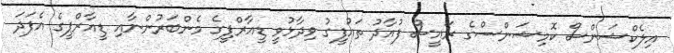
އިލެކްޝަންސް ކޮމިޝަންސްގެ ރައީސް ފުއާދު ތައުފީގު ވިދާޅުވީ ޑީއާރްޕީގެ މެންބަރުންނާއި ޑީއާރްޕީގެ އެފަދަ